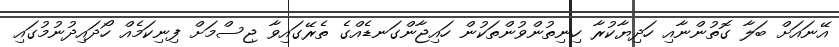
އޭނައަށް ބަލާ ގޮތުންނާއި ހަދިޔާކުރާ ހިނިތުންވުންތަކުން ހައިޖާންގަނޑެއްގެ ތެރޭގައިވާ ޖިސްމަށް ފިނިކަމެއް ހޯދައިދުނުމުގައި